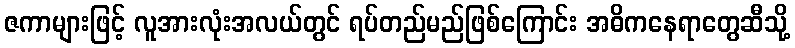
ဇကာများဖြင့် လူအားလုံးအလယ်တွင် ရပ်တည်မည်ဖြစ်ကြောင်း အဓိကနေရာတွေဆီသို့